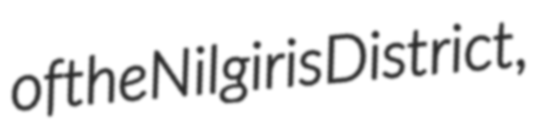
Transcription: of the Nilgiris District,